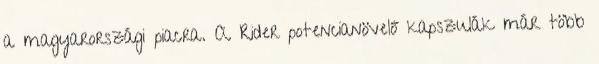
a magyarországi piacra. A Rider potencianövelő kapszulák már több